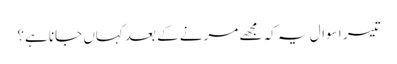
تیسر ا سوال یہ کہ مجھے مرنے کے بعد کہاں جانا ہے؟